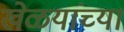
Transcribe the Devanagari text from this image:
खेळयांच्या